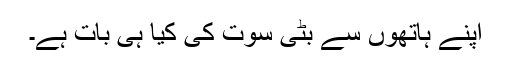
اپنے ہاتھوں سے بٹی سوت کی کیا ہی بات ہے۔